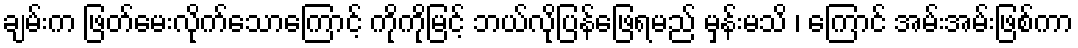
ချမ်းက ဖြတ်မေးလိုက်သောကြောင့် ကိုကိုမြင့် ဘယ်လိုပြန်ဖြေရမည် မှန်းမသိ ၊ ကြောင် အမ်းအမ်းဖြစ်ကာ